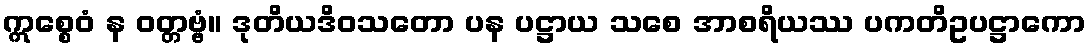
ဣစ္စေဝံ န ဝတ္တဗ္ဗံ။ ဒုတိယဒိဝသတော ပန ပဋ္ဌာယ သစေ အာစရိယဿ ပကတိဥပဋ္ဌာကော